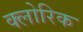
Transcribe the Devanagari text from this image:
क्लोरिक